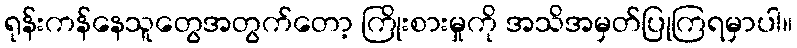
ရုန်းကန်နေသူတွေအတွက်တော့ ကြိုးစားမှုကို အသိအမှတ်ပြုကြရမှာပါ။